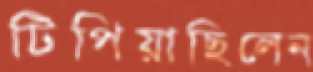
টিপিয়াছিলেন